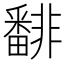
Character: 𩇾